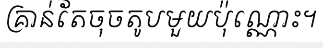
គ្រាន់តែចុចតូបមួយប៉ុណ្ណោះ។